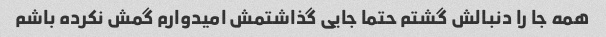
همه جا را دنبالش گشتم حتما جایی گذاشتمش امیدوارم گمش نکرده باشم